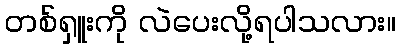
တစ်ရှူးကို လဲပေးလို့ရပါသလား။